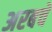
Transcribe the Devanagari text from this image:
अरबचे